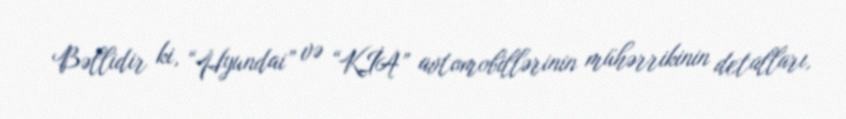
Bəllidir ki, “Hyundai” və “KİA” avtomobillərinin mühərrikinin detalları,